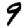
Digit: 9